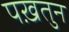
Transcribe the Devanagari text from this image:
पख़तुन